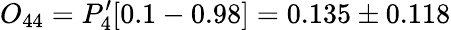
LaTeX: O_{44}=P_{4}^{\prime}[0.1-0.98]=0.135\pm 0.118